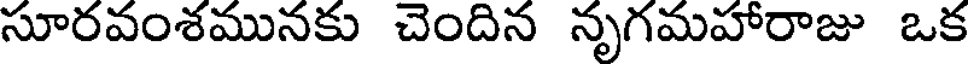
సూరవంశమునకు చెందిన నృగమహారాజు ఒక